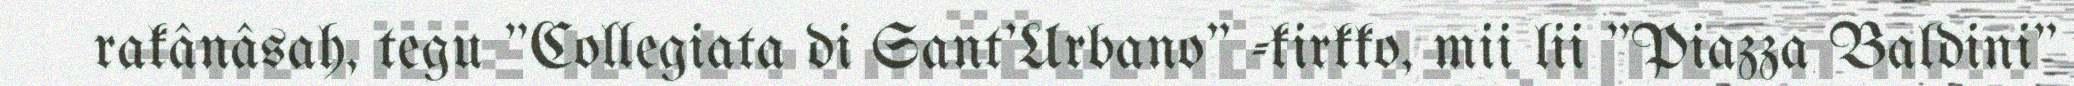
rakânâsah, tegu "Collegiata di Sant'Urbano" -kirkko, mii lii "Piazza Baldini"